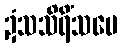
ဍံသသိရိံသပေ